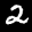
Label: 2